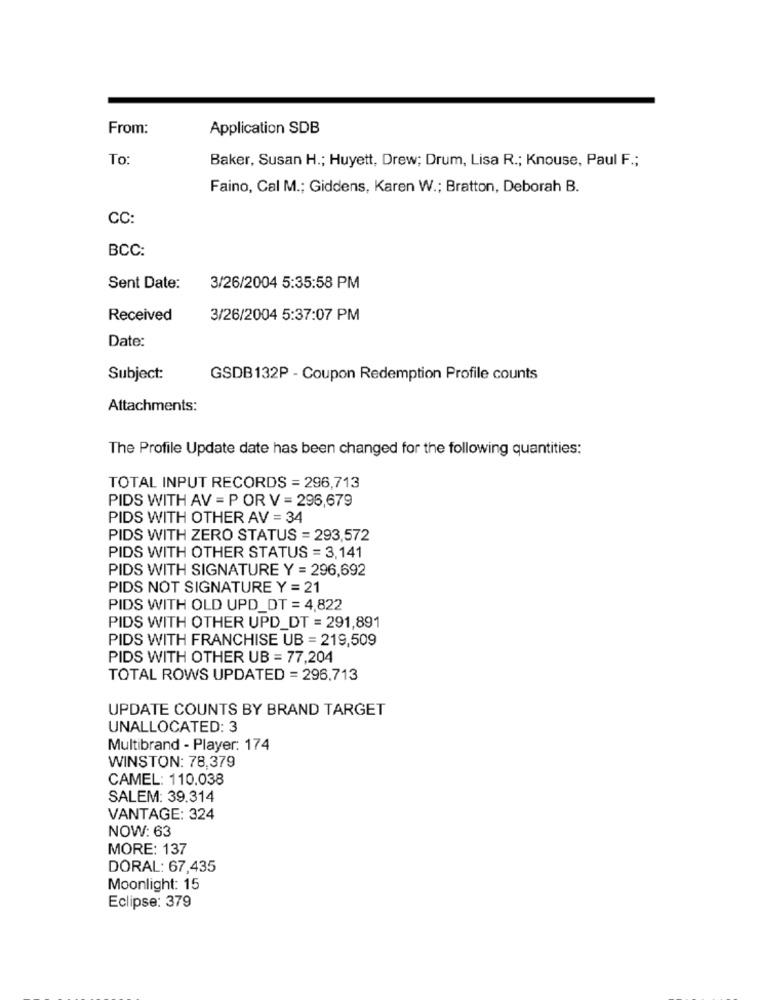
From:
Application SDB
To
Baker, Susan H .; Huyett, Drew; Drum, Lisa R .; Knouse, Paul F .;
Faino, Cal M .; Giddens, Karen W .; Bratton, Deborah B.
CC:
BCC:
Sent Date:
3/26/2004 5:35:58 PM
Received
3/26/2004 5:37:07 PM
Date:
Subject:
GSDB132P - Coupon Redemption Profile counts
Attachments:
The Profile Update date has been changed for the following quantities:
TOTAL INPUT RECORDS = 296,713
PIDS WITH AV = P OR V = 296,679
PIDS WITH OTHER AV = 34
PIDS WITH ZERO STATUS = 293,572
PIDS WITH OTHER STATUS = 3,141
PIDS WITH SIGNATURE Y = 296,692
PIDS NOT SIGNATURE Y = 21
PIDS WITH OLD UPD_DT = 4,822
PIDS WITH OTHER UPD_DT = 291,891
PIDS WITH FRANCHISE UB = 219,509
PIDS WITH OTHER UB = 77,204
TOTAL ROWS UPDATED = 296.713
UPDATE COUNTS BY BRAND TARGET
UNALLOCATED: 3
Multibrand - Player: 174
WINSTON: 78,379
CAMEL: 110.038
SALEM: 39.314
VANTAGE: 324
NOW: 63
MORE: 137
DORAL: 67,435
Moonlight: 15
Eclipse: 379